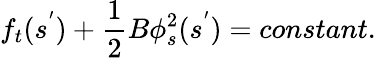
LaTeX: f_{t}(s^{'})+\frac{1}{2}B\phi_{s}^{2}(s^{'})=constant.